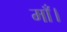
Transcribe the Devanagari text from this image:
माँ।